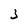
Character: 3